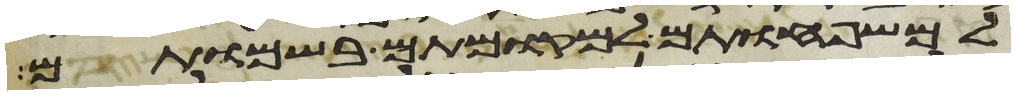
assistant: למשפחותם למקומותם בשמותם